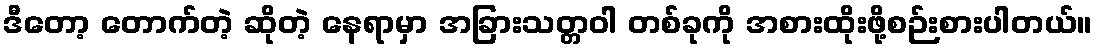
ဒီတော့ တောက်တဲ့ ဆိုတဲ့ နေရာမှာ အခြားသတ္တဝါ တစ်ခုကို အစားထိုးဖို့စဉ်းစားပါတယ်။